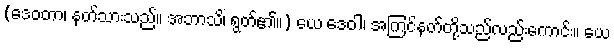
(ဒေဝတာ၊ နတ်သားသည်။ အဘာသိ၊ ရွတ်၏။) ယေ ဒေဝါ၊ အကြင်နတ်တို့သည်လည်းကောင်း။ ယေ